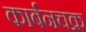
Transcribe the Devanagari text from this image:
कार्बनचक्र